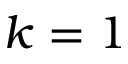
k = 1